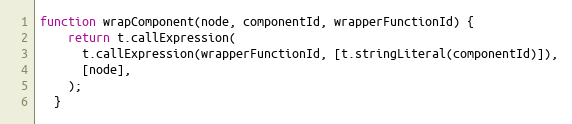
Language: JavaScript
function wrapComponent(node, componentId, wrapperFunctionId) {
    return t.callExpression(
      t.callExpression(wrapperFunctionId, [t.stringLiteral(componentId)]),
      [node],
    );
  }